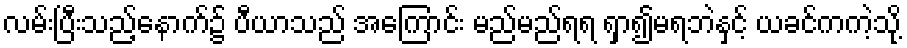
လမ်းပြီးသည့်နောက်၌ ပီယာသည် အကြောင်း မည်မည်ရရ ရှာ၍မရဘဲနှင့် ယခင်ကကဲ့သို့